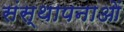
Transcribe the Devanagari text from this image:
संस्‍थापनाओं